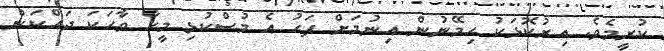
ކުރީމެވެ. އިރުކޮޅަކު ހިމޭނުން އިނުމަށް ފަހު އެ މުސްކުޅި މީހާ ވާހަކަ ދައްކަން